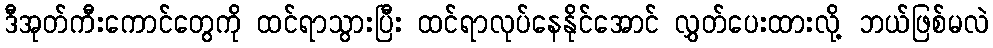
ဒီအုတ်ကီးကောင်တွေကို ထင်ရာသွားပြီး ထင်ရာလုပ်နေနိုင်အောင် လွှတ်ပေးထားလို့ ဘယ်ဖြစ်မလဲ